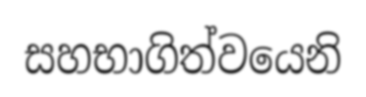
සහභාගිත්වයෙනි